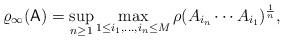
LaTeX: \begin{align*}\varrho_\infty(\mathsf{A})= \sup_{n \geq 1} \max_{1 \leq i_1,\ldots,i_n \leq M} \rho(A_{i_n}\cdots A_{i_1})^{\frac{1}{n}},\end{align*}